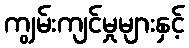
ကျွမ်းကျင်မှုများနှင့်